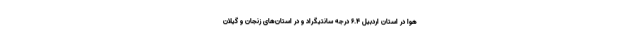
هوا در استان اردبیل ۶.۴ درجه سانتیگراد و در استان‌های زنجان و گیلان